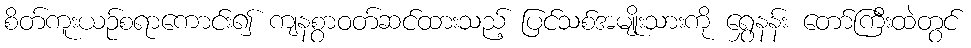
စိတ်ကူးယဉ်စရာကောင်း၍ ကျနစွာဝတ်ဆင်ထားသည့် ပြင်သစ်အမျိုးသားကို ရွှေနန်း တော်ကြီးထဲတွင်